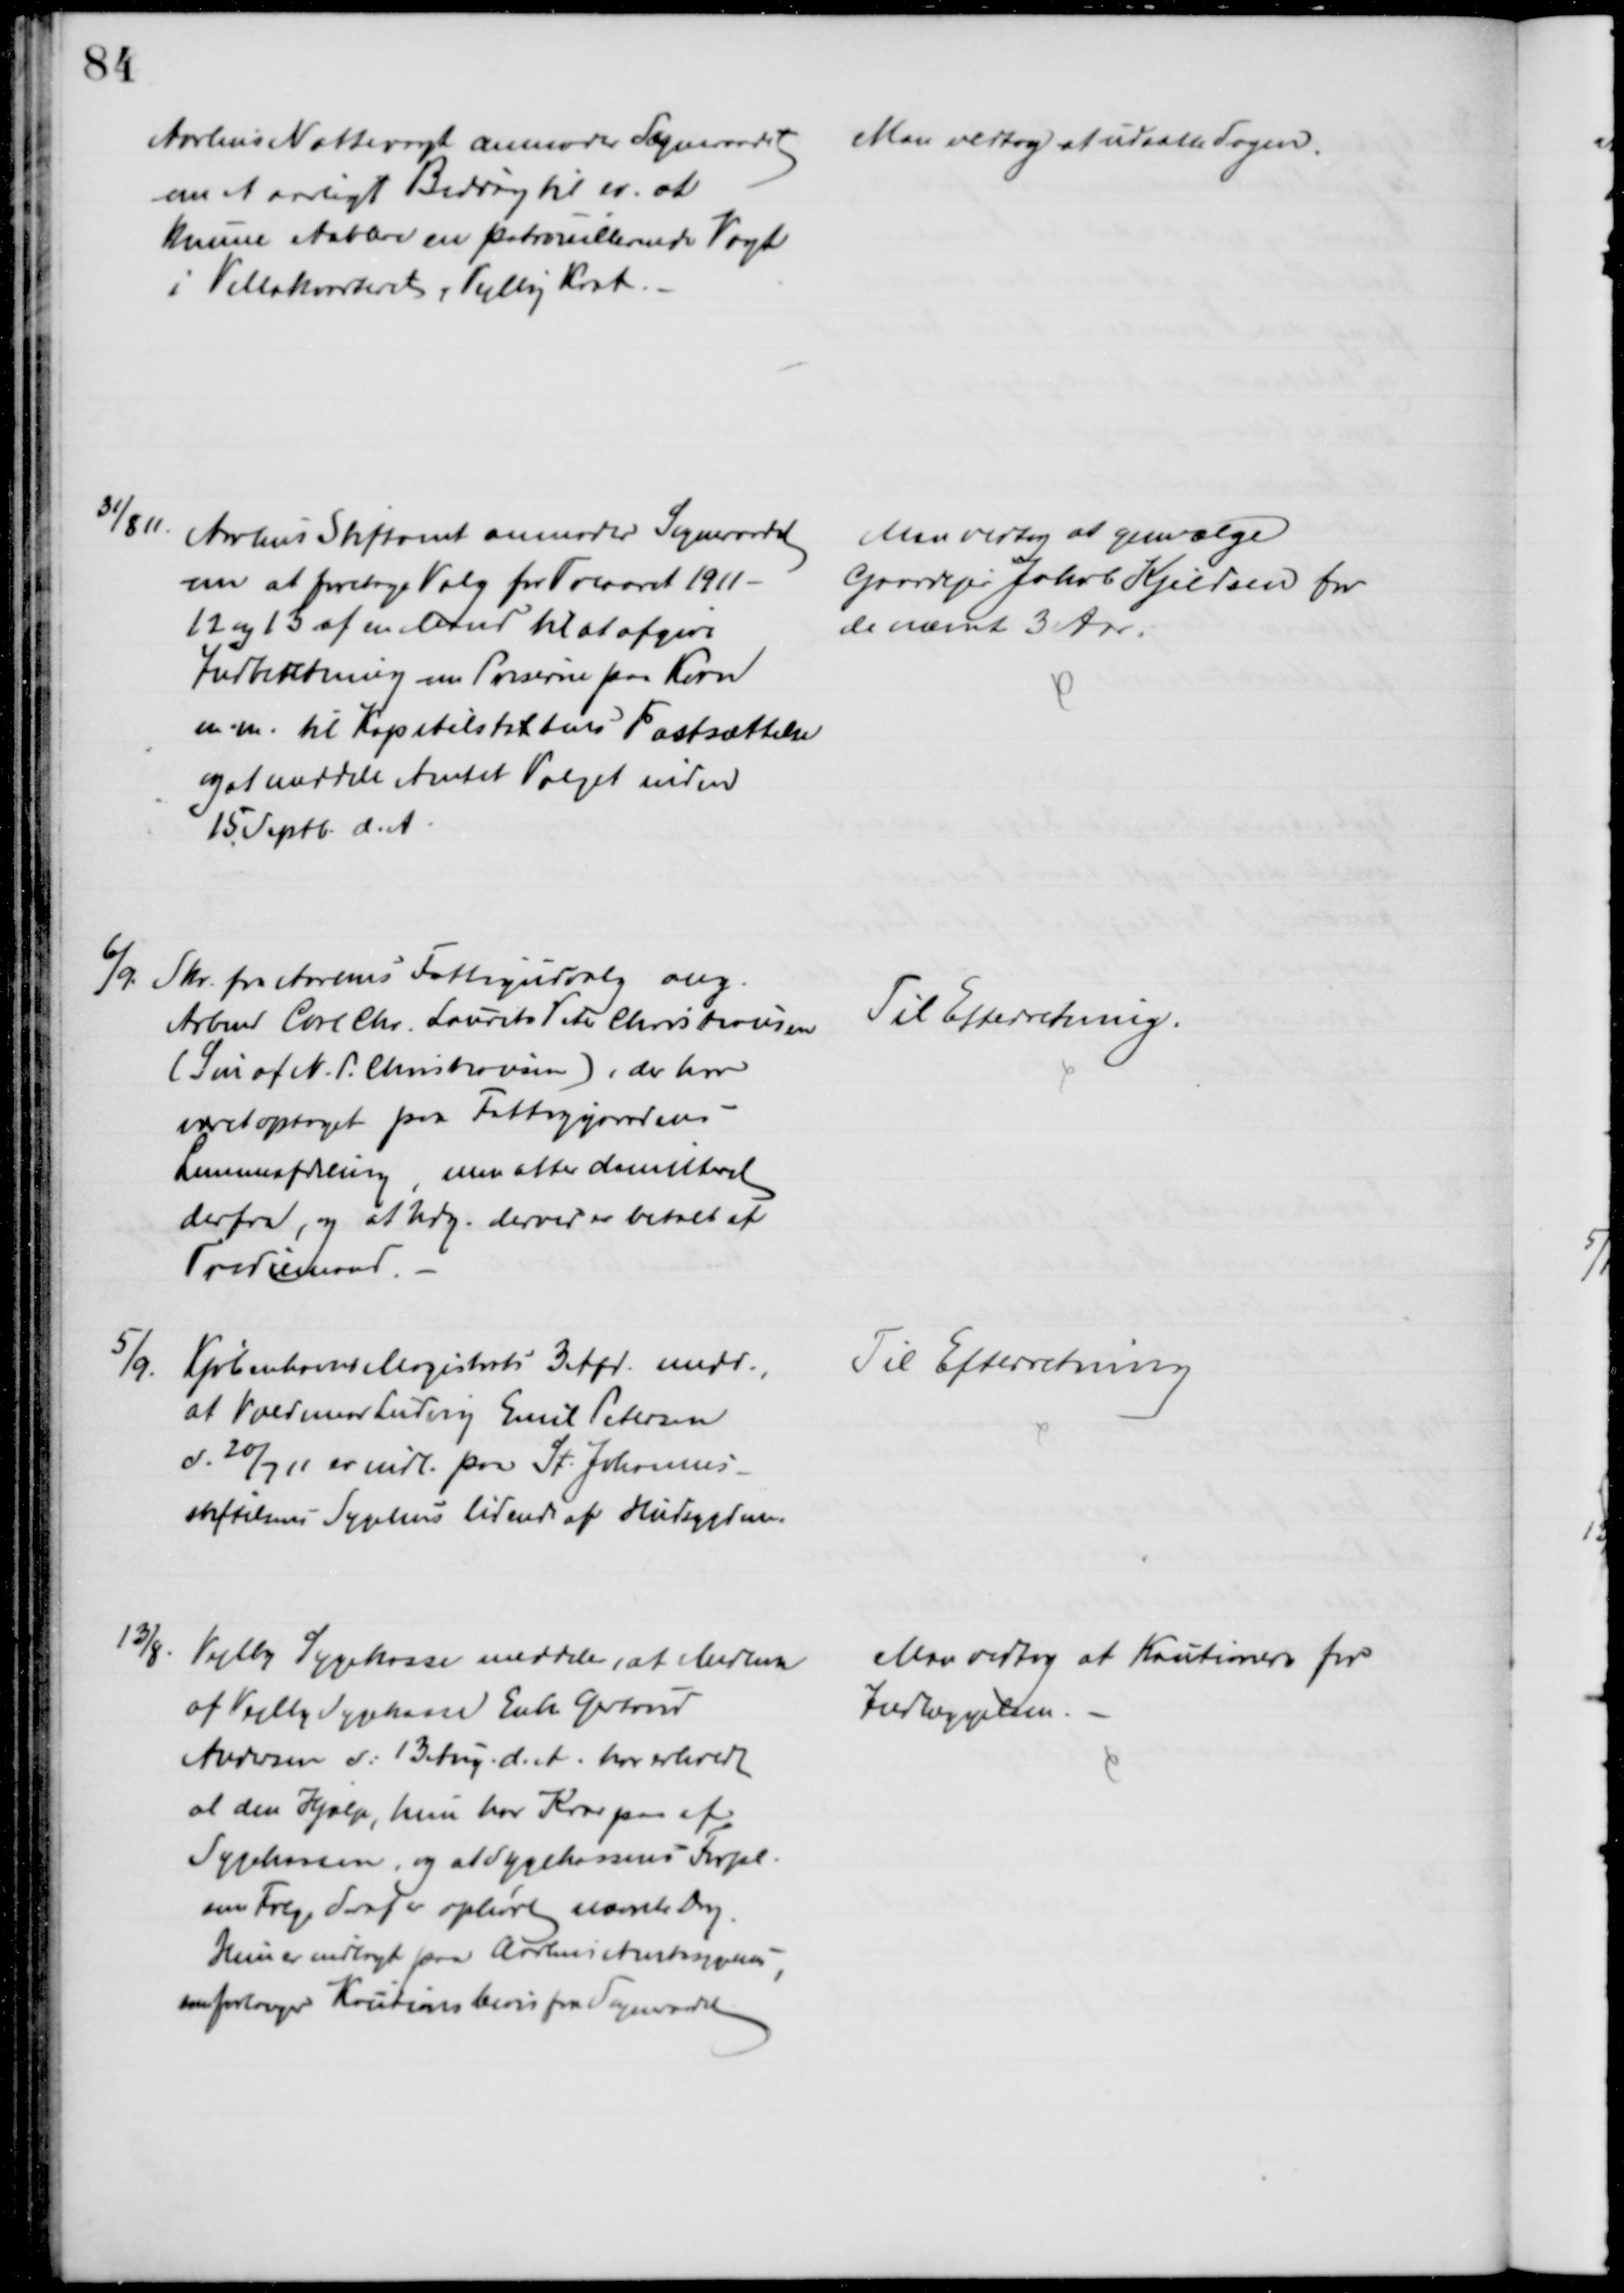
Transskription:
Aarhus Nattevagt anmoder Sogneraadet 
om et aarligt Bidrag til er. at
kunne etablere en patrouillerende Vagt
i Villakvarteret, Vejlby Krat.
 Man vedtog at udsætte Sagen.
31/8 11.
Aarhus Stiftamt anmoder Sogneraadet
om at foretage Valg for Treaaret 1911-
12 og 13 af en Mand til at afgive
Indberetning om Priserne paa Korn
m. m. til Kapitelstaxtens Fastsættelse
og at meddele Amtet Valget inden
15. Septb. d. A.
Man vedtog at genvælge
Gaardejer Jakob Kjeldsen for
de nævnte 3 Aar.
6/9.
Skr. fra Aarhus Fattigudvalg ang.
Arbmd Carl Chr. Laurits Peter Christiansen
(Søn af N. P. Christiansen), der har
været optaget paa Fattiggårdens
Lemmeafdeling, men atter demitteret
derfra, og at Udg. derved er betalt at
Trediemand.
Til Efterretning.
5/9.
Kjøbenhavns Magistrats 3 Afd. medd.,
at Valdemar Ludvig Emil Petersen
d. 20/7 11 er indl. paa St. Johannes-
stiftelsens Sygehus lidende af Hudsygdom.
Til Efterretning
13/8.
Vejlby Sygekasse meddeler, at Medlem
af Vejlby Sygekasse Enke Gertrud
Andersen d. 13: Aug. d. A. har erholdt
al den Hjælp, hun har Krav paa af
Sygekassen, og at Sygekassens Forpl.
som   derfor ophørte nævnte Dag
Hun er indlagt paa Aarhus Amtssygehus,
som forlanger Kautionsbevis fra Sogneraadet
Man vedtog at Kautionere for
Indlæggelsen.